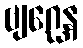
ဗျဂ္ဃေန